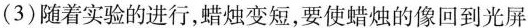
（3）随着实验的进行，蜡烛变短，要使蜡烛的像回到光屏